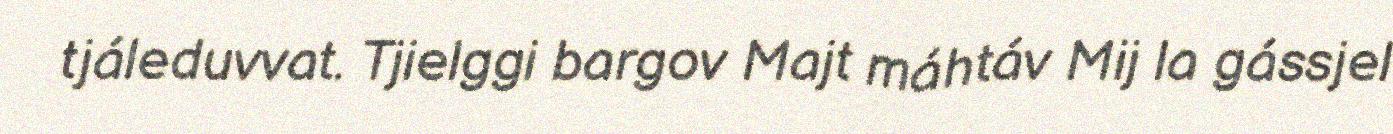
tjáleduvvat. Tjielggi bargov Majt máhtáv Mij la gássjel